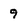
Character: 9